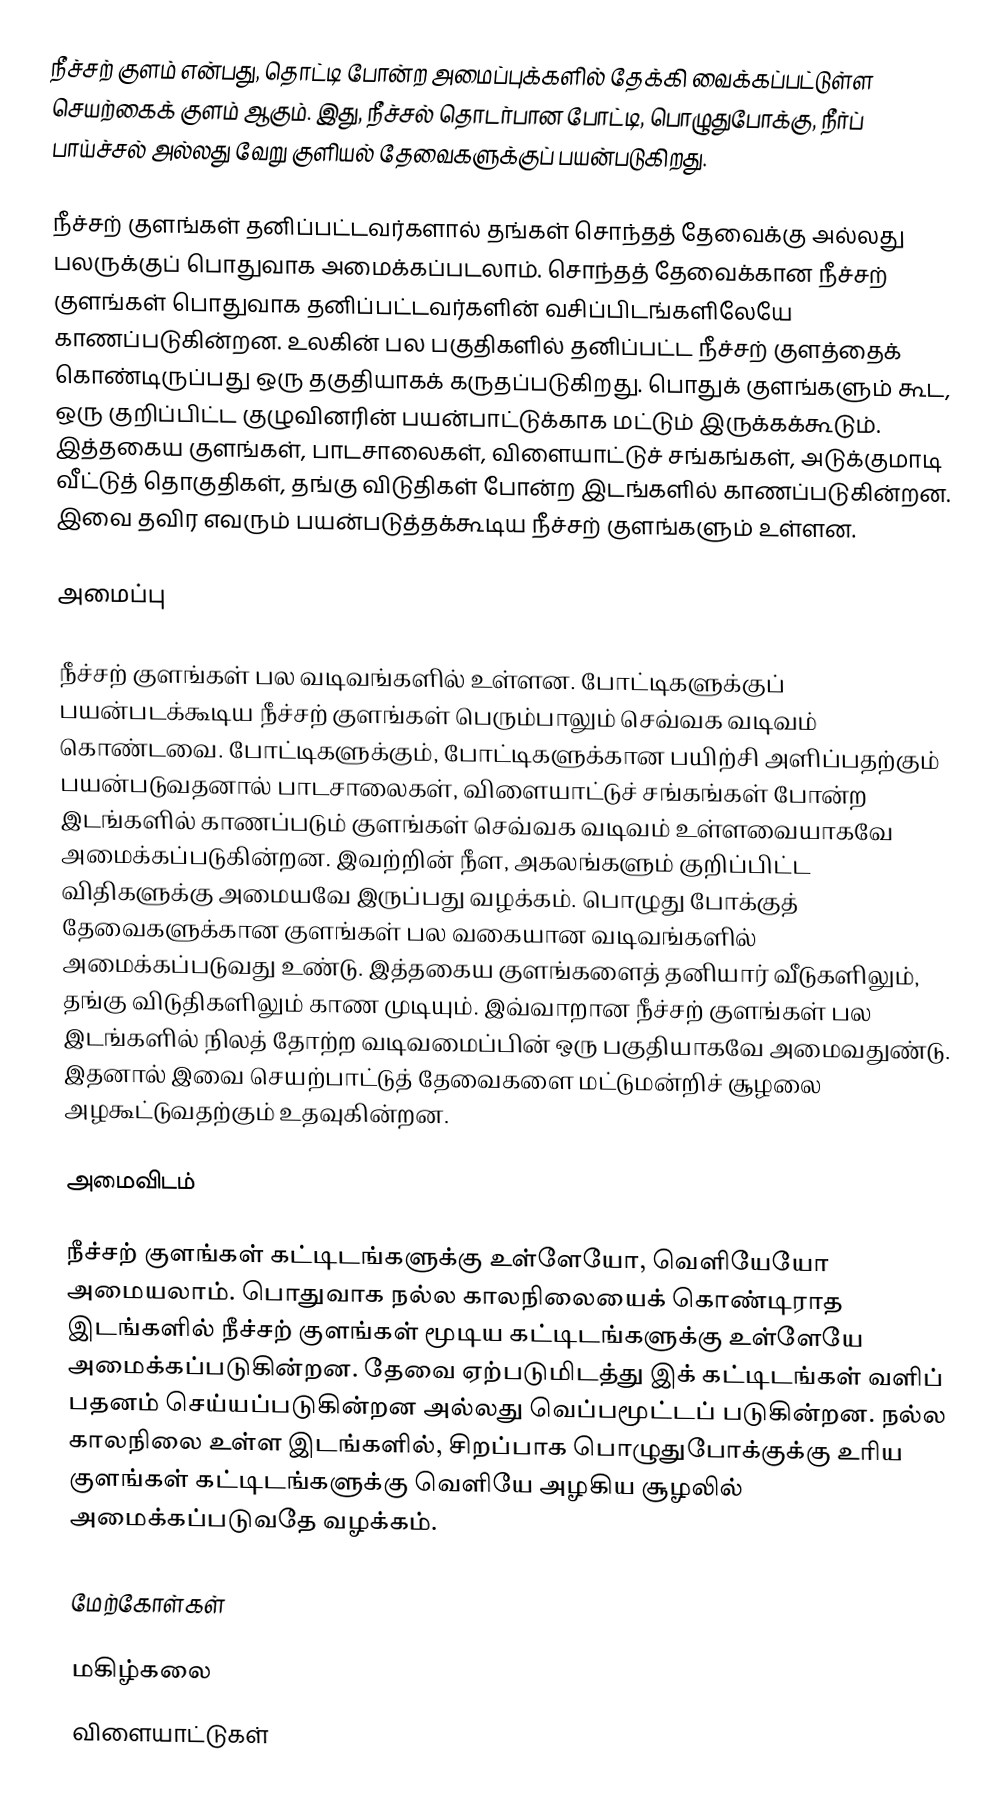
நீச்சற் குளம் என்பது, தொட்டி போன்ற அமைப்புக்களில் தேக்கி வைக்கப்பட்டுள்ள செயற்கைக் குளம் ஆகும். இது, நீச்சல் தொடர்பான போட்டி, பொழுதுபோக்கு, நீர்ப் பாய்ச்சல் அல்லது வேறு குளியல் தேவைகளுக்குப் பயன்படுகிறது.

நீச்சற் குளங்கள் தனிப்பட்டவர்களால் தங்கள் சொந்தத் தேவைக்கு அல்லது பலருக்குப் பொதுவாக அமைக்கப்படலாம். சொந்தத் தேவைக்கான நீச்சற் குளங்கள் பொதுவாக தனிப்பட்டவர்களின் வசிப்பிடங்களிலேயே காணப்படுகின்றன. உலகின் பல பகுதிகளில் தனிப்பட்ட நீச்சற் குளத்தைக் கொண்டிருப்பது ஒரு தகுதியாகக் கருதப்படுகிறது. பொதுக் குளங்களும் கூட, ஒரு குறிப்பிட்ட குழுவினரின் பயன்பாட்டுக்காக மட்டும் இருக்கக்கூடும். இத்தகைய குளங்கள், பாடசாலைகள், விளையாட்டுச் சங்கங்கள், அடுக்குமாடி வீட்டுத் தொகுதிகள், தங்கு விடுதிகள் போன்ற இடங்களில் காணப்படுகின்றன. இவை தவிர எவரும் பயன்படுத்தக்கூடிய நீச்சற் குளங்களும் உள்ளன.

அமைப்பு

நீச்சற் குளங்கள் பல வடிவங்களில் உள்ளன. போட்டிகளுக்குப் பயன்படக்கூடிய நீச்சற் குளங்கள் பெரும்பாலும் செவ்வக வடிவம் கொண்டவை. போட்டிகளுக்கும், போட்டிகளுக்கான பயிற்சி அளிப்பதற்கும் பயன்படுவதனால் பாடசாலைகள், விளையாட்டுச் சங்கங்கள் போன்ற இடங்களில் காணப்படும் குளங்கள் செவ்வக வடிவம் உள்ளவையாகவே அமைக்கப்படுகின்றன. இவற்றின் நீள, அகலங்களும் குறிப்பிட்ட விதிகளுக்கு அமையவே இருப்பது வழக்கம். பொழுது போக்குத் தேவைகளுக்கான குளங்கள் பல வகையான வடிவங்களில் அமைக்கப்படுவது உண்டு. இத்தகைய குளங்களைத் தனியார் வீடுகளிலும், தங்கு விடுதிகளிலும் காண முடியும். இவ்வாறான நீச்சற் குளங்கள் பல இடங்களில் நிலத் தோற்ற வடிவமைப்பின் ஒரு பகுதியாகவே அமைவதுண்டு. இதனால் இவை செயற்பாட்டுத் தேவைகளை மட்டுமன்றிச் சூழலை அழகூட்டுவதற்கும் உதவுகின்றன.

அமைவிடம்

நீச்சற் குளங்கள் கட்டிடங்களுக்கு உள்ளேயோ, வெளியேயோ அமையலாம். பொதுவாக நல்ல காலநிலையைக் கொண்டிராத இடங்களில் நீச்சற் குளங்கள் மூடிய கட்டிடங்களுக்கு உள்ளேயே அமைக்கப்படுகின்றன. தேவை ஏற்படுமிடத்து இக் கட்டிடங்கள் வளிப் பதனம் செய்யப்படுகின்றன அல்லது வெப்பமூட்டப் படுகின்றன. நல்ல காலநிலை உள்ள இடங்களில், சிறப்பாக பொழுதுபோக்குக்கு உரிய குளங்கள் கட்டிடங்களுக்கு வெளியே அழகிய சூழலில் அமைக்கப்படுவதே வழக்கம்.

மேற்கோள்கள்

மகிழ்கலை
விளையாட்டுகள்